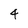
Character: 4